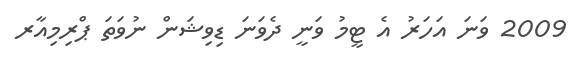
2009 ވަނަ އަހަރު އެ ޓީމު ވަނީ ދެވަނަ ޑިވިޝަން ނުވަތަ ޕްރިމިއާރ